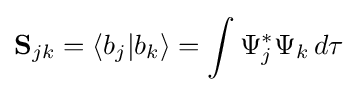
\mathbf {S} _{jk}=\left\langle b_{j}|b_{k}\right\rangle =\int \Psi _{j}^{*}\Psi _{k}\,d\tau